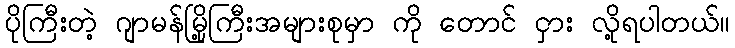
ပိုကြီးတဲ့ ဂျာမန်မြို့ကြီးအများစုမှာ ကို တောင် ငှား လို့ရပါတယ်။